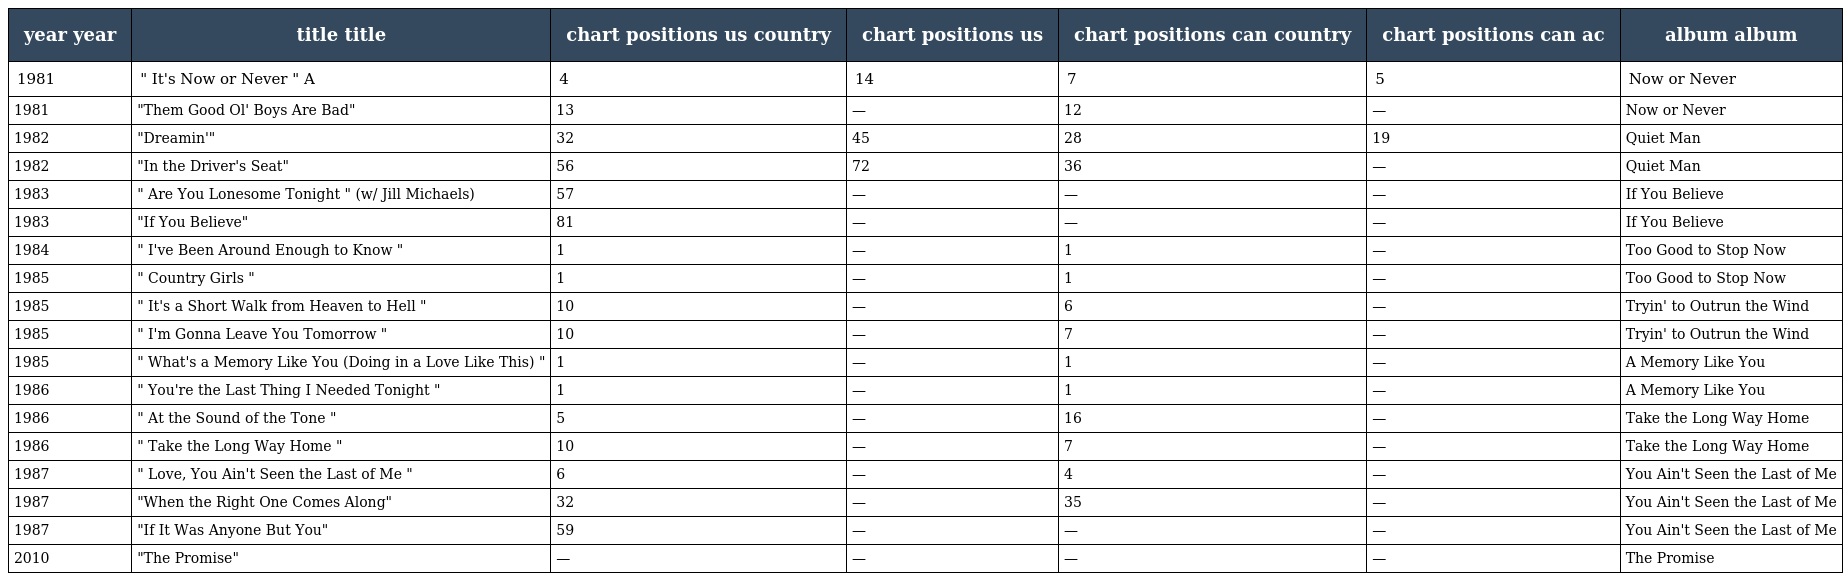
| year year | title title | chart positions us country | chart positions us | chart positions can country | chart positions can ac | album album |
 | --- | --- | --- | --- | --- | --- | --- |
 | 1981 | " It's Now or Never " A | 4 | 14 | 7 | 5 | Now or Never |
 | 1981 | "Them Good Ol' Boys Are Bad" | 13 | — | 12 | — | Now or Never |
 | 1982 | "Dreamin'" | 32 | 45 | 28 | 19 | Quiet Man |
 | 1982 | "In the Driver's Seat" | 56 | 72 | 36 | — | Quiet Man |
 | 1983 | " Are You Lonesome Tonight " (w/ Jill Michaels) | 57 | — | — | — | If You Believe |
 | 1983 | "If You Believe" | 81 | — | — | — | If You Believe |
 | 1984 | " I've Been Around Enough to Know " | 1 | — | 1 | — | Too Good to Stop Now |
 | 1985 | " Country Girls " | 1 | — | 1 | — | Too Good to Stop Now |
 | 1985 | " It's a Short Walk from Heaven to Hell " | 10 | — | 6 | — | Tryin' to Outrun the Wind |
 | 1985 | " I'm Gonna Leave You Tomorrow " | 10 | — | 7 | — | Tryin' to Outrun the Wind |
 | 1985 | " What's a Memory Like You (Doing in a Love Like This) " | 1 | — | 1 | — | A Memory Like You |
 | 1986 | " You're the Last Thing I Needed Tonight " | 1 | — | 1 | — | A Memory Like You |
 | 1986 | " At the Sound of the Tone " | 5 | — | 16 | — | Take the Long Way Home |
 | 1986 | " Take the Long Way Home " | 10 | — | 7 | — | Take the Long Way Home |
 | 1987 | " Love, You Ain't Seen the Last of Me " | 6 | — | 4 | — | You Ain't Seen the Last of Me |
 | 1987 | "When the Right One Comes Along" | 32 | — | 35 | — | You Ain't Seen the Last of Me |
 | 1987 | "If It Was Anyone But You" | 59 | — | — | — | You Ain't Seen the Last of Me |
 | 2010 | "The Promise" | — | — | — | — | The Promise |